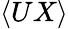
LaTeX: \langle UX\rangle